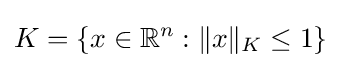
K=\{x\in \mathbb {R} ^{n}:\|x\|_{K}\leq 1\}